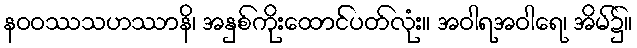
နဝဝဿသဟဿာနိ၊ အနှစ်ကိုးထောင်ပတ်လုံး။ အဝါရအဝါရေ၊ အိမ်၌။